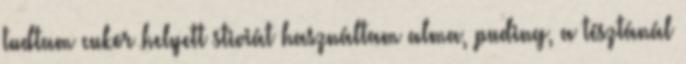
tudtam cukor helyett stiviát használtam alma, puding, a tésztánál